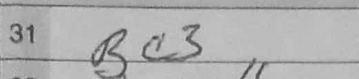
Transcription: Bc3